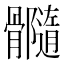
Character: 𩪷